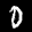
Label: 0